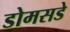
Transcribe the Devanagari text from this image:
डोमसडे